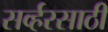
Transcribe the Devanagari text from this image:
सर्व्हरसाठी